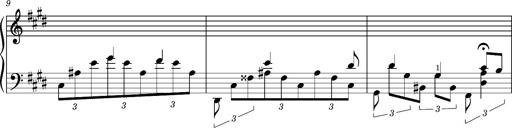
Title: PrÃ©ludes et Harmonies poÃ©tiques et religieuses
Composer: Franz Liszt